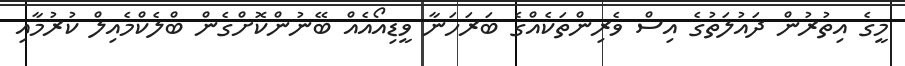
މީގެ އިތުރުން ދައުލަތުގެ އިސް ވެރިންތަކެއްގެ ބަރަހަނާ ވީޑިއޯއެއް ބޭނުންކޮށްގެން ބްލެކްމެއިލް ކުރުމާއި